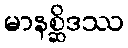
မာနစ္ဆိဒဿ